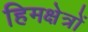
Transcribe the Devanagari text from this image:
हिमक्षेत्रों